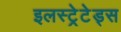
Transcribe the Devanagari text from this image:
इलस्ट्रेटेड्स